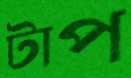
টাপ